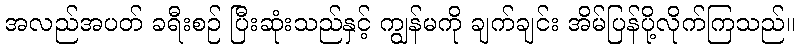
အလည်အပတ် ခရီးစဉ် ပြီးဆုံးသည်နှင့် ကျွန်မကို ချက်ချင်း အိမ်ပြန်ပို့လိုက်ကြသည်။